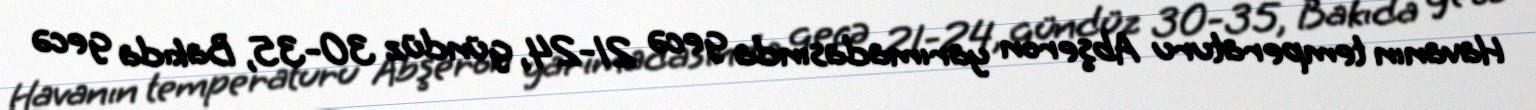
Havanın temperaturu Abşeron yarımadasında gecə 21-24, gündüz 30-35, Bakıda gecə